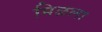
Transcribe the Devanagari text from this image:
मिळला